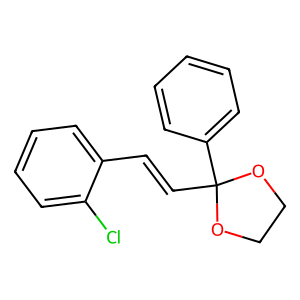
SMILES: Clc1ccccc1C=CC1(c2ccccc2)OCCO1
Inhibits HIV replication: No